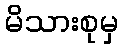
မိသားစုမှ